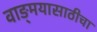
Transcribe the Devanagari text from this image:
वाङ्‌मयासाठीचा